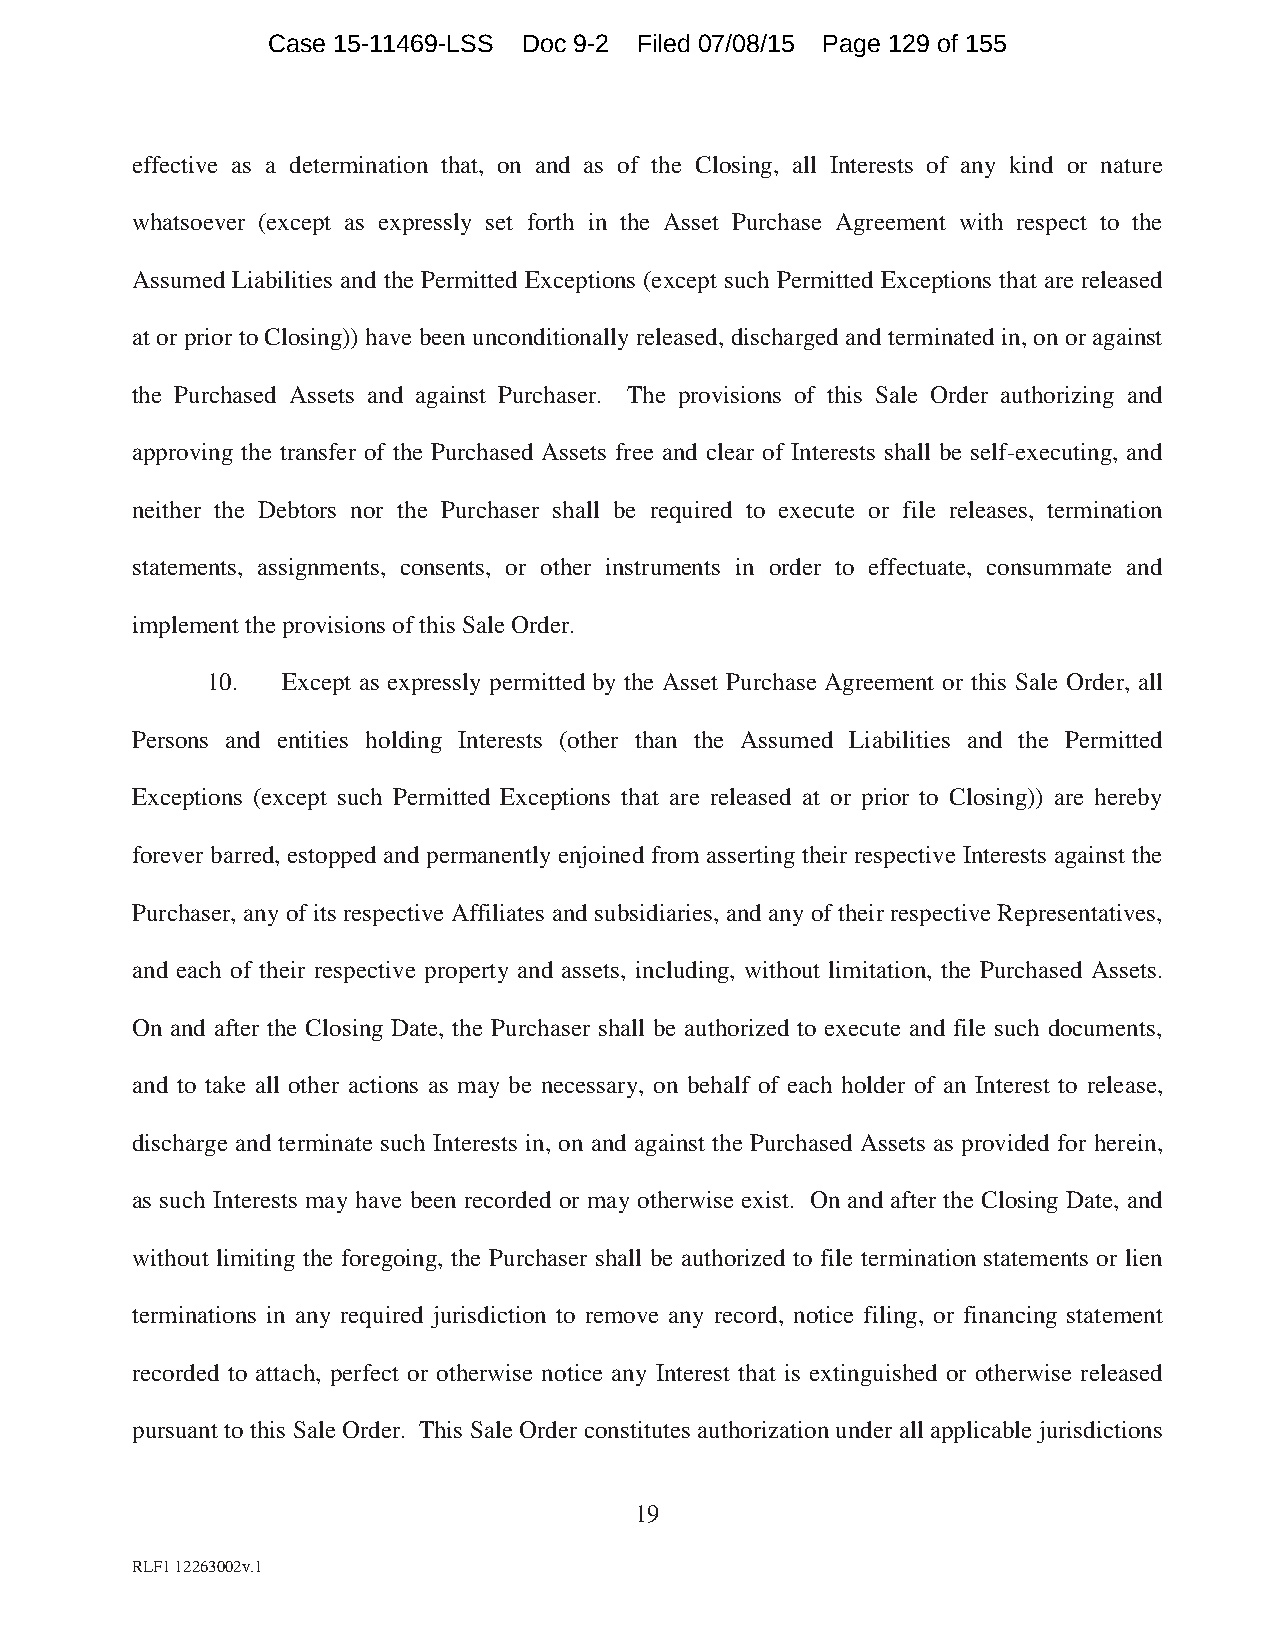
Case 15-11469-LSS Doc 9-2 Filed 07/08/15 Page 129 of 155
 effective as a determination that, on and as of the Closing, all Interests of any kind or nature
 whatsoever (except as expressly set forth in the Asset Purchase Agreement with respect to the
 Assumed Liabilities and the Permitted Exceptions (except such Permitted Exceptions that are released
 at or prior to Closing)) have been unconditionally released, discharged and terminated in, on or against
 the Purchased Assets and against Purchaser. The provisions of this Sale Order authorizing and
 approving the transfer of the Purchased Assets free and clear of Interests shall be self-executing, and
 neither the Debtors nor the Purchaser shall be required to execute or file releases, termination
 statements, assignments, consents, or other instruments in order to effectuate, consummate and
 implement the provisions of this Sale Order.
 10.  Except as expressly permitted by the Asset Purchase Agreement or this Sale Order, all
 Persons and entities holding Interests (other than the Assumed Liabilities and the Permitted
 Exceptions (except such Permitted Exceptions that are released at or prior to Closing)) are hereby
 forever barred, estopped and permanently enjoined from asserting their respective Interests against the
 Purchaser, any of its respective Affiliates and subsidiaries, and any of their respective Representatives,
 and each of their respective property and assets, including, without limitation, the Purchased Assets.
 On and after the Closing Date, the Purchaser shall be authorized to execute and file such documents,
 and to take all other actions as may be necessary, on behalf of each holder of an Interest to release,
 discharge and terminate such Interests in, on and against the Purchased Assets as provided for herein,
 as such Interests may have been recorded or may otherwise exist. On and after the Closing Date, and
 without limiting the foregoing, the Purchaser shall be authorized to file termination statements or lien
 terminations in any required jurisdiction to remove any record, notice filing, or financing statement
 recorded to attach, perfect or otherwise notice any Interest that is extinguished or otherwise released
 pursuant to this Sale Order. This Sale Order constitutes authorization under all applicable jurisdictions
 19
 RLF1 12263002v.1